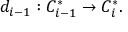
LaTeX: d _ { i - 1 } : C _ { i - 1 } ^ { * } \to C _ { i } ^ { * } .